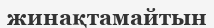
жинақтамайтын